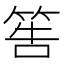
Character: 筶